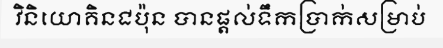
វិនិយោគិនជប៉ុន បានផ្តល់ទឹកប្រាក់សម្រាប់